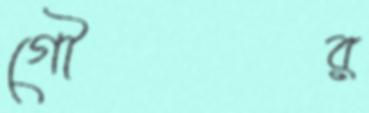
গৌর